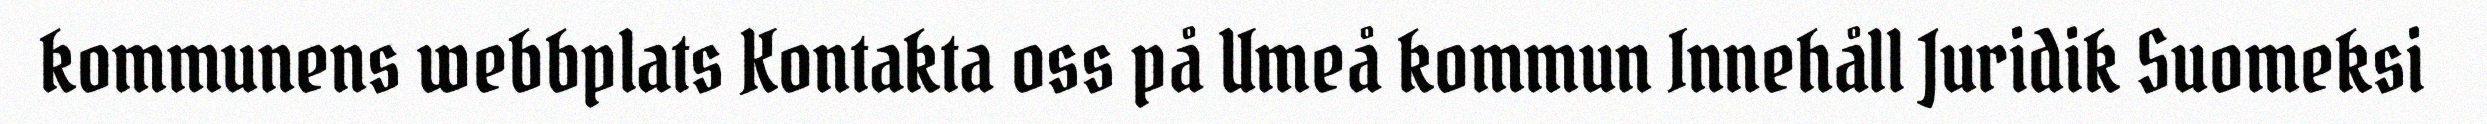
kommunens webbplats Kontakta oss på Umeå kommun Innehåll Juridik Suomeksi